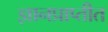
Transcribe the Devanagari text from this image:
ज्ञानप्राप्तीत